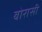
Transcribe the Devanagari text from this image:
बोरासी